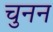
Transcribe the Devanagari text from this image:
चुनन